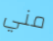
مني